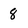
Character: 8